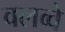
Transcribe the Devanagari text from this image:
वलव्वे